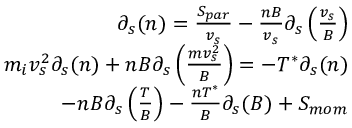
\begin{array} { r } { \partial _ { s } ( n ) = \frac { S _ { p a r } } { v _ { s } } - \frac { n B } { v _ { s } } \partial _ { s } \left( \frac { v _ { s } } { B } \right) } \\ { m _ { i } v _ { s } ^ { 2 } \partial _ { s } ( n ) + n B \partial _ { s } \left( \frac { m v _ { s } ^ { 2 } } { B } \right) = - T ^ { * } \partial _ { s } ( n ) } \\ { ~ ~ ~ ~ ~ ~ ~ ~ ~ ~ ~ - n B \partial _ { s } \left( \frac { T } { B } \right) - \frac { n T ^ { * } } { B } \partial _ { s } ( B ) + S _ { m o m } } \end{array}